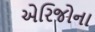
એરિજોના